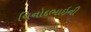
વિનોદભાઇની